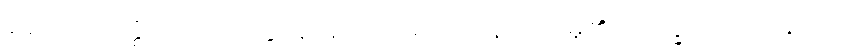
၃၃။ သာဝတ္ထိယံ၊ သာဝတ္ထိပြည်၌။ ဝိဟရတိ၊ နေတော်မူ၏။ ဘိက္ခဝေ၊ ရဟန်းတို့။